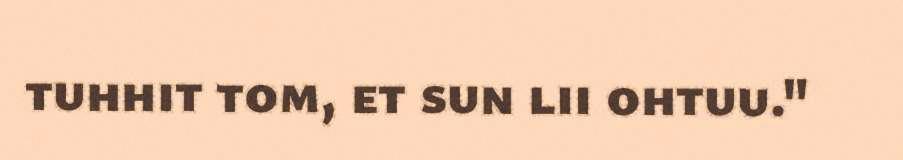
tuhhit tom, et sun lii ohtuu."